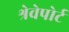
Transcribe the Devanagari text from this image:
श्रेवेपोर्ट